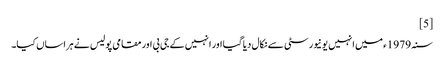
[5]
سنہ 1979ء میں انہیں یونیورسٹی سے نکال دیا گیا اور انہیں کے جی بی اور مقامی پولیس نے ہراساں کیا۔